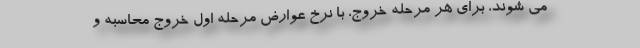
می شوند، برای هر مرحله خروج، با نرخ عوارض مرحله اول خروج محاسبه و